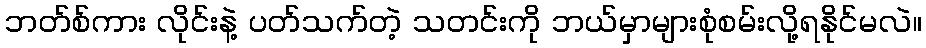
ဘတ်စ်ကား လိုင်းနဲ့ ပတ်သက်တဲ့ သတင်းကို ဘယ်မှာများစုံစမ်းလို့ရနိုင်မလဲ။